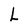
Character: L